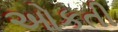
ઓકતી